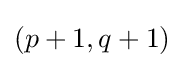
(p+1,q+1)